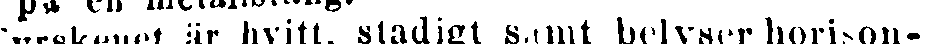
Fyrskenet är hvitt, stadigt samt belyser horison-